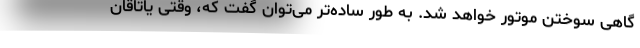
گاهی سوختن موتور خواهد شد. به طور ساده‌تر می‌توان گفت که، وقتی یاتاقان